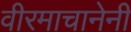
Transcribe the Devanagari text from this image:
वीरमाचानेनी